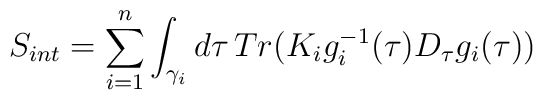
S_{int}= \sum_{i=1}^n \int_{\gamma_{i}}d\tau \, Tr(K_{i}g^{-1}_{i}(\tau)D_{\tau}g_{i}(\tau))